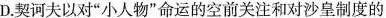
D.契诃夫以对”小人物”命运的空前关注和对沙皇制度的